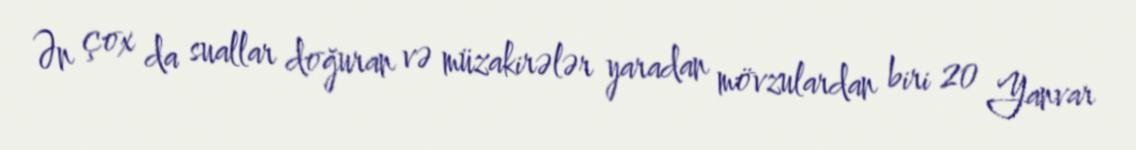
Ən çox da suallar doğuran və müzakirələr yaradan mövzulardan biri 20 Yanvar